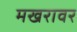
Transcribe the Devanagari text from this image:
मखरावर